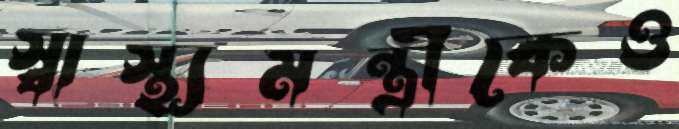
স্বাস্থ্যমন্ত্রীকেও